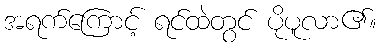
အရက်ကြောင့် ရင်ထဲတွင် ပိုပူလာ၏။